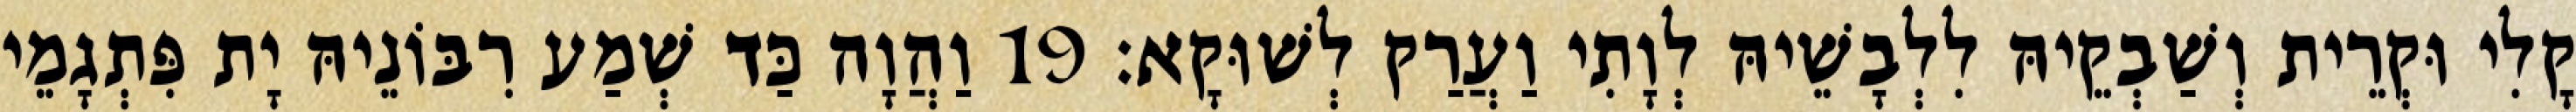
קָלִי וּקְרֵית וְשַׁבְקֵיהּ לִלְבָשֵׁיהּ לְוָתִי וַעֲרַק לְשׁוּקָא׃ 19 וַהֲוָה כַּד שְׁמַע רִבּוֹנֵיהּ יָת פִּתְגָמֵי